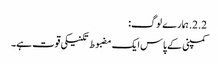
2.2. ہمارے لوگ:
کمپنی کے پاس ایک مضبوط تکنیکی قوت ہے۔